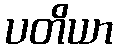
ပတိယာ